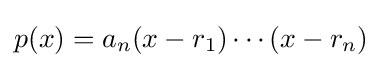
p(x)=a_{n}(x-r_{1})\cdots (x-r_{n})